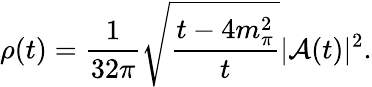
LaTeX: \rho(t)=\frac 1{32\pi}\sqrt{\frac{t-4m_{\pi}^{2}}t}|{\cal A}(t)|^{2}.